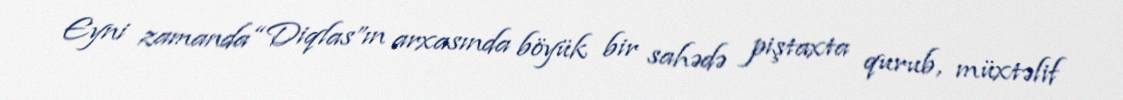
Eyni zamanda “Diqlas”ın arxasında böyük bir sahədə piştaxta qurub, müxtəlif